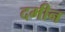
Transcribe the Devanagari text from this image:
दमीन